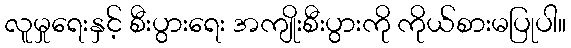
လူမှုရေးနှင့် စီးပွားရေး အကျိုးစီးပွားကို ကိုယ်စားမပြုပါ။